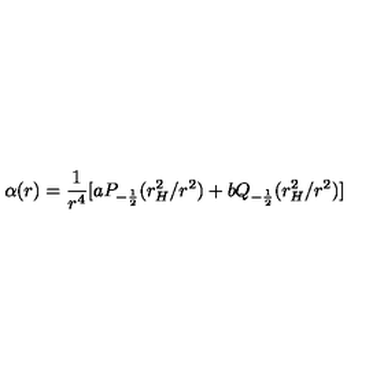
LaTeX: \alpha ( r ) = \frac { 1 } { r ^ { 4 } } [ a P _ { - \frac { 1 } { 2 } } ( r _ { H } ^ { 2 } / r ^ { 2 } ) + b Q _ { - \frac { 1 } { 2 } } ( r _ { H } ^ { 2 } / r ^ { 2 } ) ]